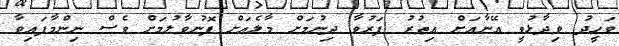
ވަހީދު ވިދާޅުވީ އޭނާއަށް އިތުރު ފަރުވާ ދިނުމަށް މާލެއަށް ފޮނުވާލުމަށް ވެސް ނިންމާފައިވާ